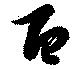
百